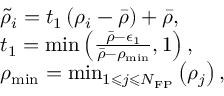
\begin{array} { r l } & { \tilde { \rho } _ { i } = t _ { 1 } \left( \rho _ { i } - \bar { \rho } \right) + \bar { \rho } , } \\ & { t _ { 1 } = \operatorname* { m i n } \left( \frac { \bar { \rho } - \epsilon _ { 1 } } { \bar { \rho } - \rho _ { \operatorname* { m i n } } } , 1 \right) , } \\ & { \rho _ { \operatorname* { m i n } } = \operatorname* { m i n } _ { 1 \leqslant j \leqslant N _ { \mathrm { F P } } } \left( \rho _ { j } \right) , } \end{array}